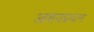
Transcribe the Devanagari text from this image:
आशयप्रधान